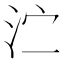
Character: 𰛑